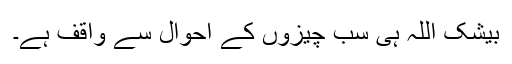
بیشک اللہ ہی سب چیزوں کے احوال سے واقف ہے۔